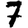
Digit: 7